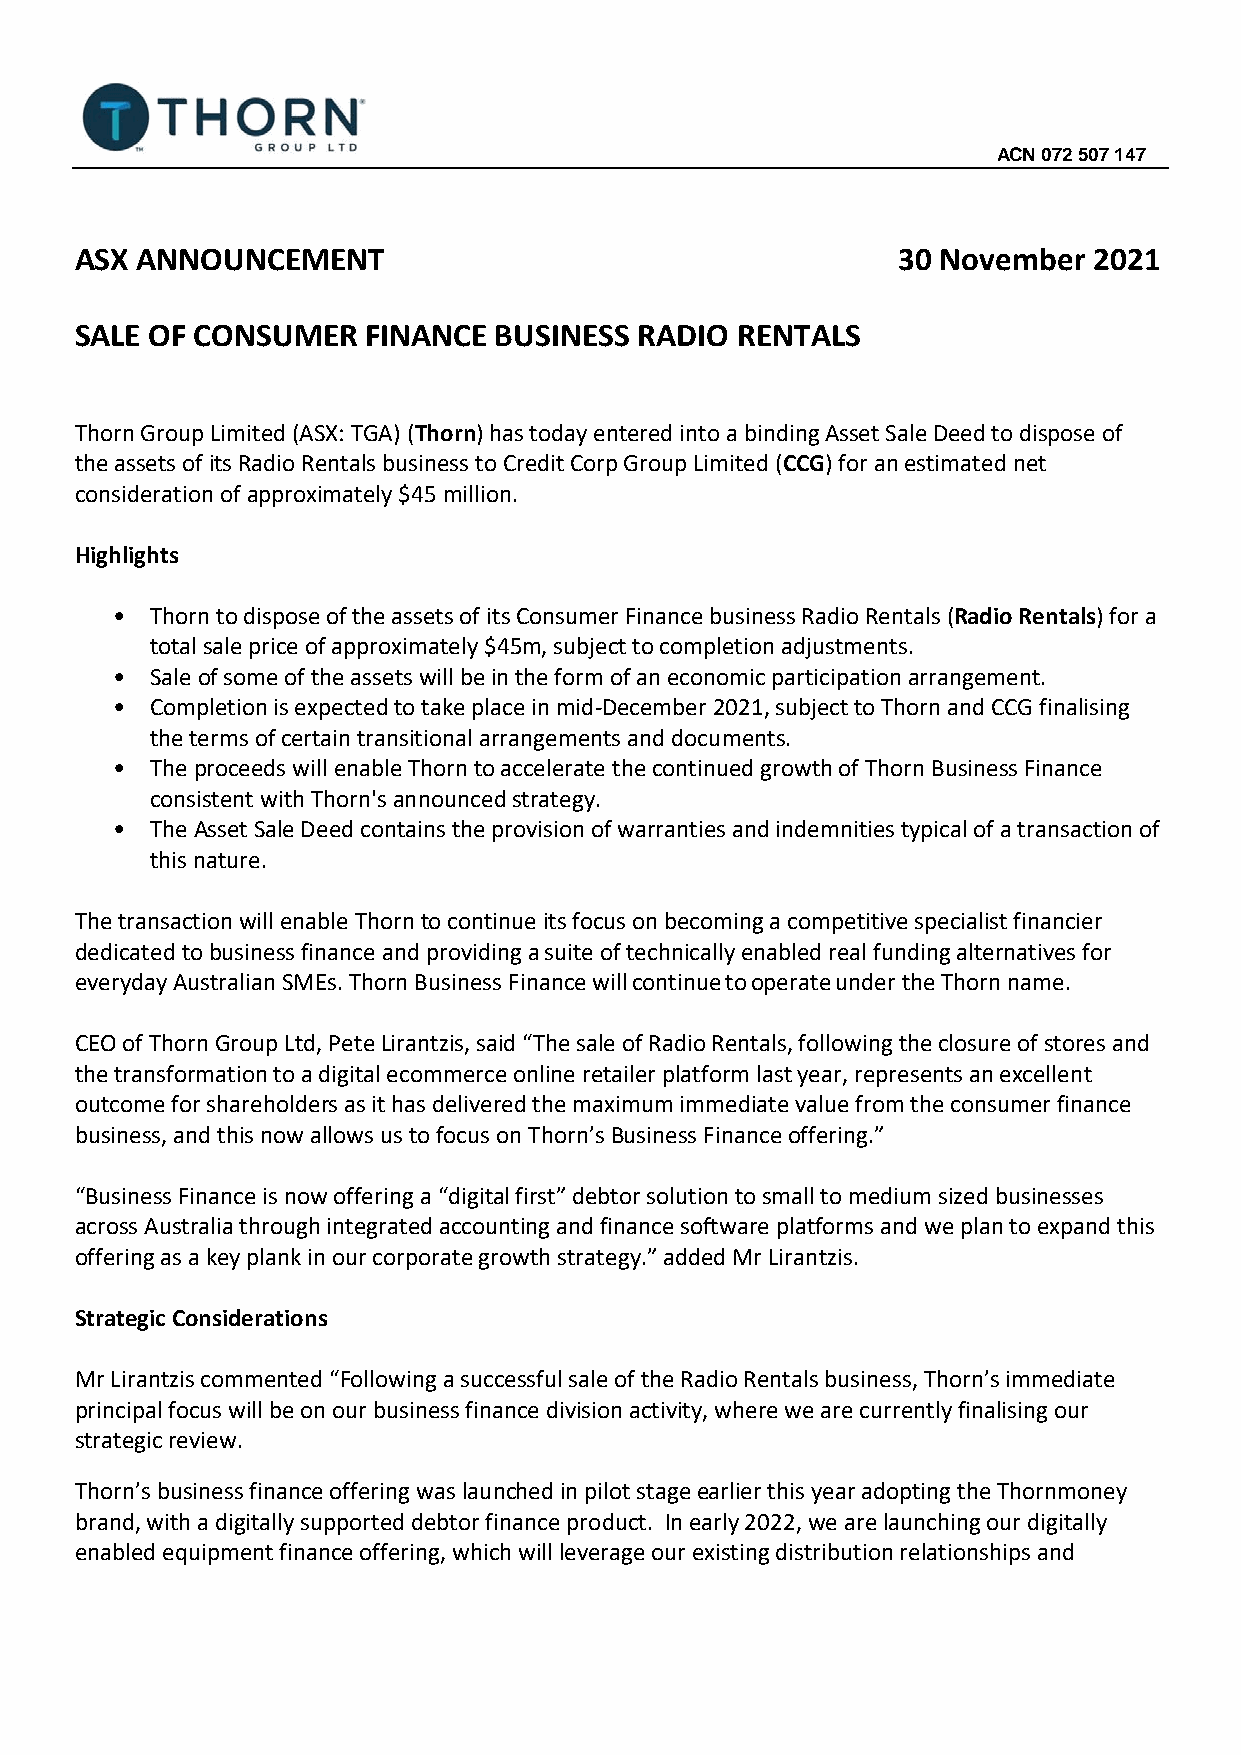
ACN 072 507 147
 ASX ANNOUNCEMENT                                      30 November  2021
 SALE OF CONSUMER   FINANCE  BUSINESS RADIO  RENTALS
 Thorn Group Limited (ASX: TGA) (Thorn) has today entered into a binding Asset Sale Deed to dispose of
 the assets of its Radio Rentals business to Credit Corp Group Limited (CCG) for an estimated net
 consideration of approximately $45 million.
 Highlights
 •  Thorn to dispose of the assets of its Consumer Finance business Radio Rentals (Radio Rentals) for a
 total sale price of approximately $45m, subject to completion adjustments.
 •  Sale of some of the assets will be in the form of an economic participation arrangement.
 •  Completion is expected to take place in mid-December 2021, subject to Thorn and CCG finalising
 the terms of certain transitional arrangements and documents.
 •  The proceeds will enable Thorn to accelerate the continued growth of Thorn Business Finance
 consistent with Thorn's announced strategy.
 •  The Asset Sale Deed contains the provision of warranties and indemnities typical of a transaction of
 this nature.
 The transaction will enable Thorn to continue its focus on becoming a competitive specialist financier
 dedicated to business finance and providing a suite of technically enabled real funding alternatives for
 everyday Australian SMEs. Thorn Business Finance will continue to operate under the Thorn name.
 CEO of Thorn Group Ltd, Pete Lirantzis, said “The sale of Radio Rentals, following the closure of stores and
 the transformation to a digital ecommerce online retailer platform last year, represents an excellent
 outcome for shareholders as it has delivered the maximum immediate value from the consumer finance
 business, and this now allows us to focus on Thorn’s Business Finance offering.”
 “Business Finance is now offering a “digital first” debtor solution to small to medium sized businesses
 across Australia through integrated accounting and finance software platforms and we plan to expand this
 offering as a key plank in our corporate growth strategy.” added Mr Lirantzis.
 Strategic Considerations
 Mr Lirantzis commented “Following a successful sale of the Radio Rentals business, Thorn’s immediate
 principal focus will be on our business finance division activity, where we are currently finalising our
 strategic review.
 Thorn’s business finance offering was launched in pilot stage earlier this year adopting the Thornmoney
 brand, with a digitally supported debtor finance product. In early 2022, we are launching our digitally
 enabled equipment finance offering, which will leverage our existing distribution relationships and